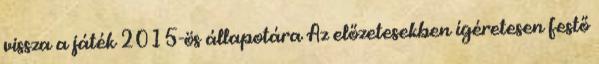
vissza a játék 2015-ös állapotára Az előzetesekben ígéretesen festő